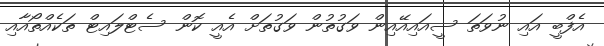
އެފްބީ އައި ނުވަތަ ސީއައިއޭއިން ވަގުތުން ވަގުތަށް އެއީ ކޮން ސެޓްލައިޓް ތަކެއްތޯއާއި